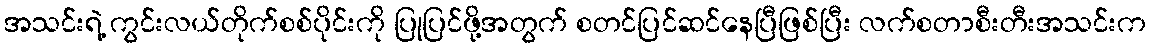
အသင်းရဲ့ ကွင်းလယ်တိုက်စစ်ပိုင်းကို ပြုပြင်ဖို့အတွက် စတင်ပြင်ဆင်နေပြီဖြစ်ပြီး လက်စတာစီးတီးအသင်းက